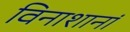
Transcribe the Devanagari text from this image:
विनाशानां